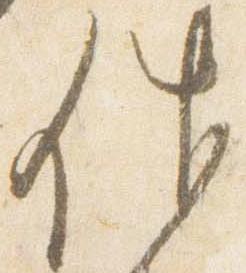
件